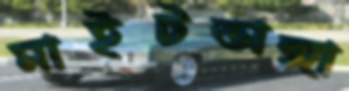
মাইটভাঙ্গা